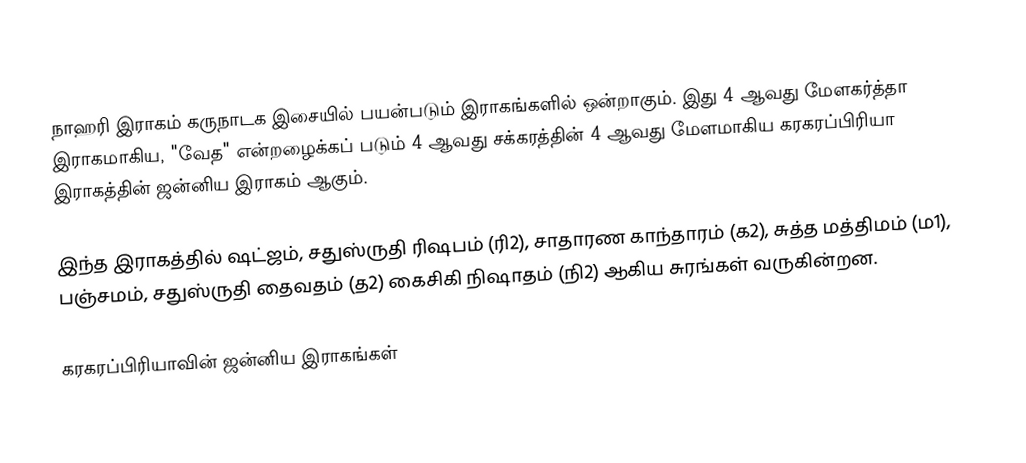
நாஹரி இராகம் கருநாடக இசையில் பயன்படும் இராகங்களில் ஒன்றாகும். இது 4 ஆவது மேளகர்த்தா இராகமாகிய, "வேத" என்றழைக்கப் படும் 4 ஆவது சக்கரத்தின் 4 ஆவது மேளமாகிய கரகரப்பிரியா இராகத்தின் ஜன்னிய இராகம் ஆகும்.

இந்த இராகத்தில் ஷட்ஜம், சதுஸ்ருதி ரிஷபம் (ரி2),  சாதாரண காந்தாரம் (க2), சுத்த மத்திமம் (ம1), பஞ்சமம்,  சதுஸ்ருதி தைவதம் (த2) கைசிகி நிஷாதம்  (நி2) ஆகிய சுரங்கள் வருகின்றன.

கரகரப்பிரியாவின் ஜன்னிய இராகங்கள்